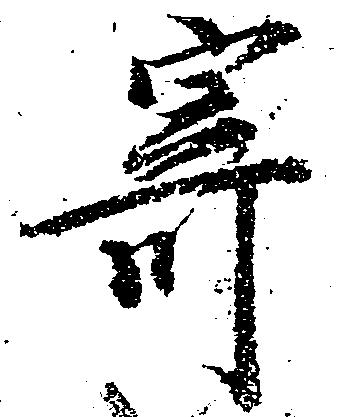
寄